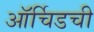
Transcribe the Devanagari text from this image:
ऑर्चिडची